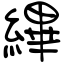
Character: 縪